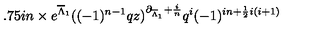
\hspace { 1 . 7 5 i n } \times e ^ { \overline { { \Lambda } } _ { 1 } } ( ( - 1 ) ^ { n - 1 } q z ) ^ { \partial _ { \overline { { \Lambda } } _ { 1 } } + \frac { i } { n } } q ^ { i } ( - 1 ) ^ { i n + \frac { 1 } { 2 } i ( i + 1 ) }